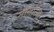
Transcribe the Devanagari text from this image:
मार्गारेथा